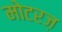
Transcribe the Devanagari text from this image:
मोटरज़